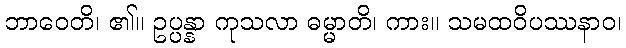
ဘာဝေတိ၊ ၏။ ဥပ္ပန္နာ ကုသလာ ဓမ္မာတိ၊ ကား။ သမထဝိပဿနာဝ၊